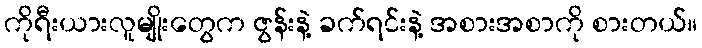
ကိုရီးယားလူမျိုးတွေက ဇွန်းနဲ့ ခက်ရင်းနဲ့ အစားအစာကို စားတယ်။